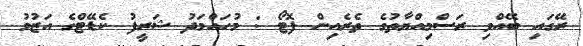
ރޭގައި ބޭއްވި ރަސްމިއްޔާތުގެ ތެރެއިން ފޮޓޯ : މުހައްމަދު ޝަރީފު ކެޑޭޓްގެ އަޒުމު